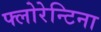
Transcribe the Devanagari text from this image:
फ्लोरेन्टिना